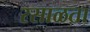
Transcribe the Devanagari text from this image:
रसाळता